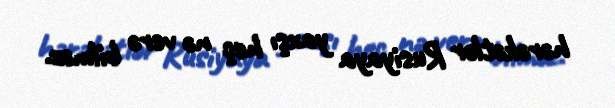
hərəkətlər Rusiyaya yaxşı heç nə verə bilməz.